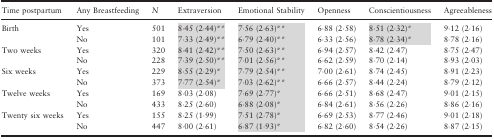
<table><thead><tr><td><b>Time postpartum</b></td><td><b>Any Breastfeeding</b></td><td><b><i>N</i></b></td><td><b>Extraversion</b></td><td><b>Emotional Stability</b></td><td><b>Openness</b></td><td><b>Conscientiousness</b></td><td><b>Agreeableness</b></td></tr></thead><tbody><tr><td rowspan="2">Birth</td><td>Yes</td><td>501</td><td>8·45 (2·44)**</td><td>7·56 (2·63)**</td><td>6·88 (2·58)</td><td>8·51 (2·32)*</td><td>9·12 (2·16)</td></tr><tr><td>No</td><td>101</td><td>7·33 (2·49)**</td><td>6·79 (2·40)**</td><td>6·33 (2·56)</td><td>8·78 (2·34)*</td><td>8·78 (2·16)</td></tr><tr><td rowspan="2">Two weeks</td><td>Yes</td><td>320</td><td>8·41 (2·42)**</td><td>7·50 (2·63)**</td><td>6·94 (2·57)</td><td>8·42 (2·47)</td><td>8·75 (2·47)</td></tr><tr><td>No</td><td>228</td><td>7·39 (2·50)**</td><td>7·01 (2·56)**</td><td>6·62 (2·59)</td><td>8·70 (2·14)</td><td>8·93 (2·03)</td></tr><tr><td rowspan="2">Six weeks</td><td>Yes</td><td>229</td><td>8·55 (2·29)*</td><td>7·79 (2·54)**</td><td>7·00 (2·61)</td><td>8·74 (2·45)</td><td>8·91 (2·23)</td></tr><tr><td>No</td><td>373</td><td>7·77 (2·54)*</td><td>7·03 (2·62)**</td><td>6·66 (2·57)</td><td>8·44 (2·24)</td><td>8·79 (2·12)</td></tr><tr><td rowspan="2">Twelve weeks</td><td>Yes</td><td>169</td><td>8·03 (2·08)</td><td>7·69 (2·77)*</td><td>6·66 (2·51)</td><td>8·68 (2·47)</td><td>9·01 (2·15)</td></tr><tr><td>No</td><td>433</td><td>8·25 (2·60)</td><td>6·88 (2·08)*</td><td>6·84 (2·61)</td><td>8·56 (2·26)</td><td>8·86 (2·16)</td></tr><tr><td rowspan="2">Twenty six weeks</td><td>Yes</td><td>155</td><td>8·25 (1·99)</td><td>7·51 (2·78)*</td><td>6·69 (2·53)</td><td>8·77 (2·46)</td><td>9·01 (2·18)</td></tr><tr><td>No</td><td>447</td><td>8·00 (2·61)</td><td>6·87 (1·93)*</td><td>6·82 (2·60)</td><td>8·54 (2·26)</td><td>8·87 (2·15)</td></tr></tbody></table>